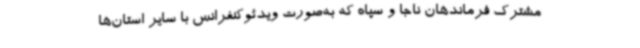
مشترک فرماندهان ناجا و سپاه که به‌صورت ویدئوکنفرانس با سایر استان‌ها